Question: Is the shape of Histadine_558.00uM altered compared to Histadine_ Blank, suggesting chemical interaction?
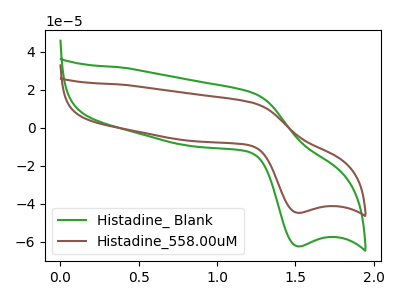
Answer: <think>The green curve "Histadine_ Blank" has an anodic peak at (1.25V, 18.45uA) and a cathodic peak at (1.50V, -62.30uA). The brown curve "Histadine_558.00uM" has an anodic peak at (1.25V, 13.25uA) and a cathodic peak at (1.50V, -44.65uA).
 All the peaks in "Histadine_558.00uM" have a peak in "Histadine_ Blank" at the same potential. Every peak in "Histadine_558.00uM" is lower than every peak in "Histadine_ Blank".</think>
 <answer>No, "Histadine_558.00uM" and "Histadine_ Blank" don't appear to be significantly different in shape</answer>
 <eval>no_change</eval>